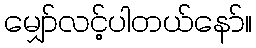
မျှော်လင့်ပါတယ်နော်။